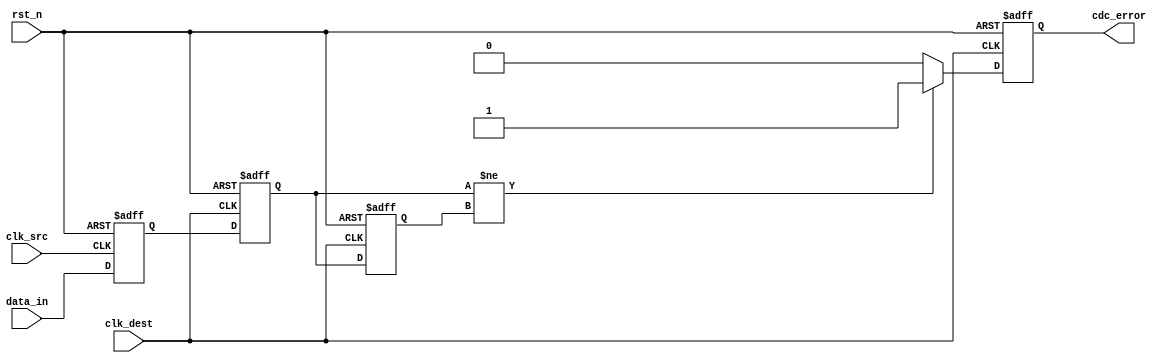
module cdc_detector #(
    parameter DATA_WIDTH = 1,          // Width of the data_in signal
    parameter ENABLE_ERROR_DETECTION = 1 // Enable/Disable error detection
)(
    input wire [DATA_WIDTH-1:0] data_in, // Input signal to monitor
    input wire clk_src,                  // Source clock
    input wire clk_dest,                 // Destination clock
    input wire rst_n,                    // Active-low asynchronous reset
    output reg cdc_error                 // CDC error flag
);

    // Synchronizer registers
    reg [DATA_WIDTH-1:0] sync_ff1;
    reg [DATA_WIDTH-1:0] sync_ff2;

    // Edge detection registers
    reg [DATA_WIDTH-1:0] data_in_prev;

    // Dual Flip-Flop Synchronizer
    always @(posedge clk_src or negedge rst_n) begin
        if (!rst_n) begin
            sync_ff1 <= {DATA_WIDTH{1'b0}};
        end else begin
            sync_ff1 <= data_in;
        end
    end

    always @(posedge clk_dest or negedge rst_n) begin
        if (!rst_n) begin
            sync_ff2 <= {DATA_WIDTH{1'b0}};
        end else begin
            sync_ff2 <= sync_ff1;
        end
    end

    // Error detection logic
    always @(posedge clk_dest or negedge rst_n) begin
        if (!rst_n) begin
            cdc_error <= 1'b0;
            data_in_prev <= {DATA_WIDTH{1'b0}};
        end else begin
            if (ENABLE_ERROR_DETECTION) begin
                // Check for edge detection
                if (sync_ff2 != data_in_prev) begin
                    cdc_error <= 1'b1; // Set error flag if a change is detected
                end else begin
                    cdc_error <= 1'b0; // Clear error flag if no change
                end
                data_in_prev <= sync_ff2; // Update previous value
            end else begin
                cdc_error <= 1'b0; // If error detection is disabled, clear error flag
            end
        end
    end

endmodule